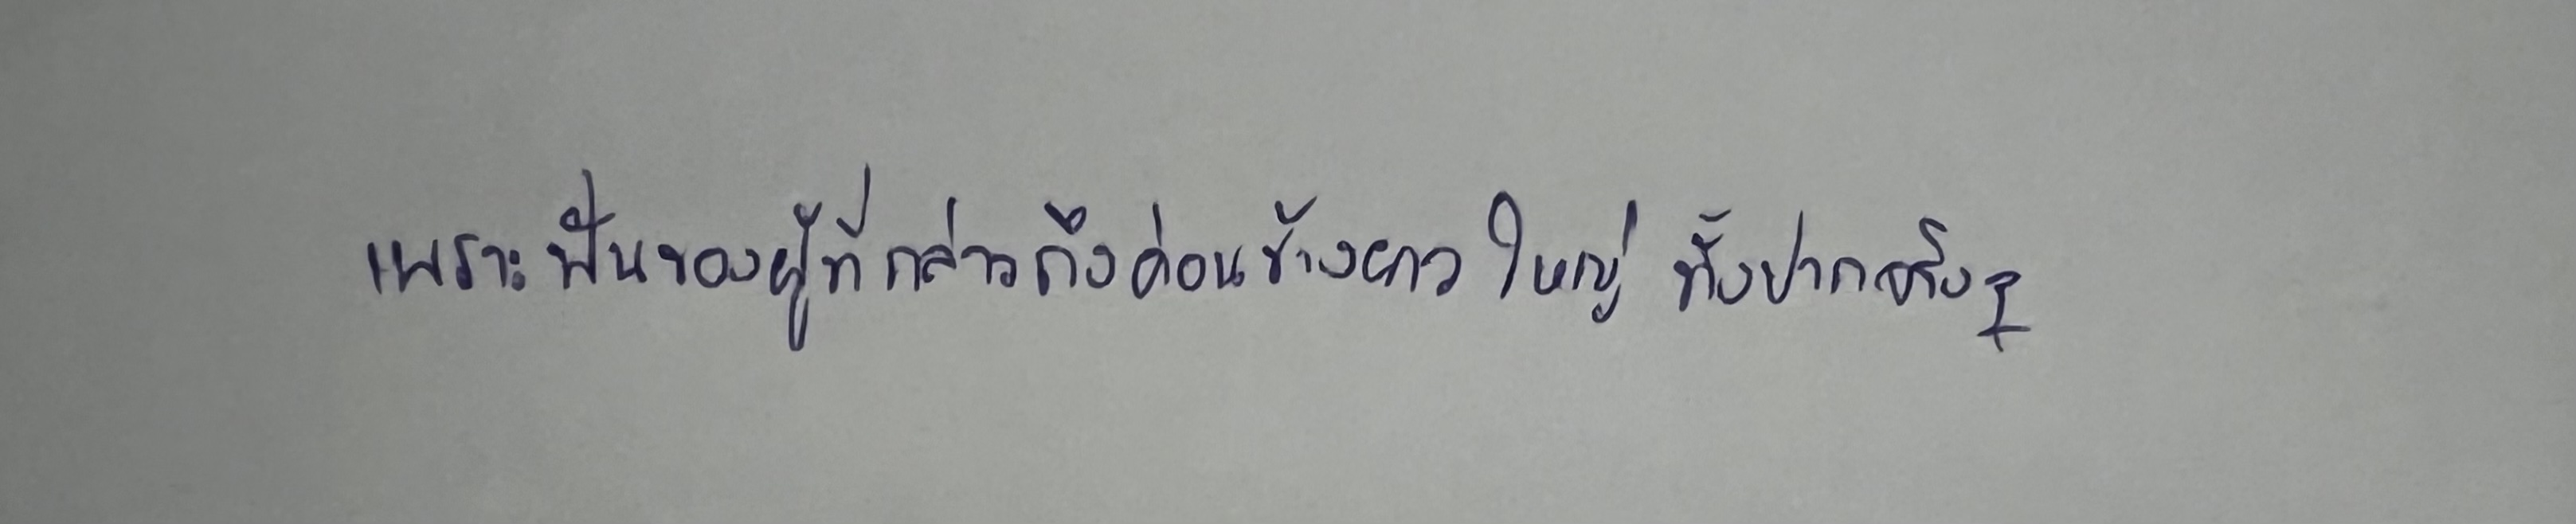
เพราะฟันของผู้ที่กล่าวถึงค่อนข้างยาวใหญ่ทั้งปากจริงๆ